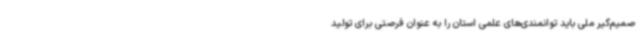
صمیم‌گیر ملی باید توانمندی‌های علمی استان را به عنوان فرصتی برای تولید